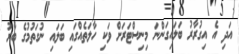
އަދި އެ އިގުރާރު ބަލައިގަންނަ މިނިސްޓަރަށް ވަކި ހާލަތެއްގައި ބަލައި ނުގަތުމުގެ ބާރު